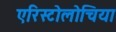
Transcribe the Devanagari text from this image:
एरिस्टोलोचिया